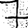
Digit: 7